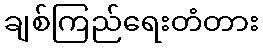
ချစ်ကြည်ရေးတံတား